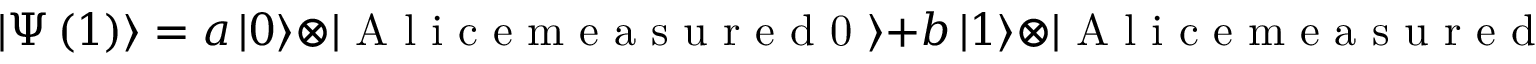
\left| \Psi \left( 1 \right) \right\rangle = a \left| 0 \right\rangle \otimes \left| \textrm { A l i c e m e a s u r e d 0 } \right\rangle + b \left| 1 \right\rangle \otimes \left| \textrm { A l i c e m e a s u r e d 1 } \right\rangle .